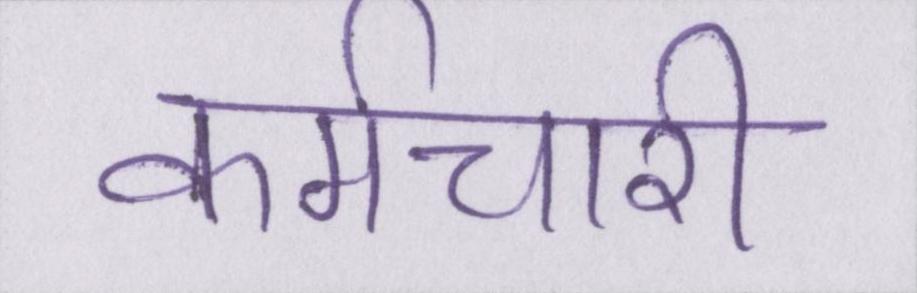
कर्मचारी